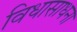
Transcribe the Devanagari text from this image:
विधासाधना